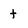
Character: t